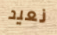
نعيد